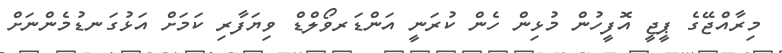
މިރާއްޖޭގެ ޕީޖީ އޮފީހުން މުޅިން ހެން ކުރަނީ އަންޑަރވޯލްޑް ވިޔަފާރި ކަމަށް އަޅުގަނޑުމެންނަށް